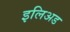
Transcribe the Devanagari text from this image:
इलिअड